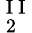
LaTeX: _{\mathrm{~2~}}^{\mathrm{~I~I~}}